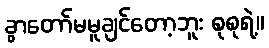
ခွာတော်မမူချင်တော့ဘူး စုစုရဲ့။